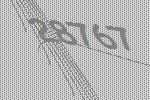
28767